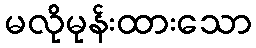
မလိုမုန်းထားသော